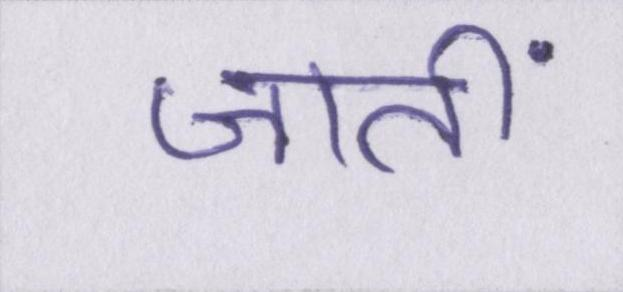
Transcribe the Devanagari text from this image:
जातीं